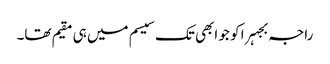
راجہ بجہرا کو جو ابھی تک سیسم میں ہی مقیم تھا۔